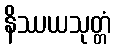
နိဿယသုတ္တံ